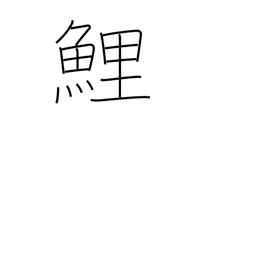
Meaning: carp